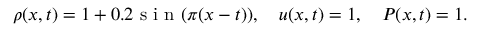
\rho ( x , t ) = 1 + 0 . 2 \mathrm { ~ s ~ i ~ n ~ } ( \pi ( x - t ) ) , \quad u ( x , t ) = 1 , \quad P ( x , t ) = 1 .